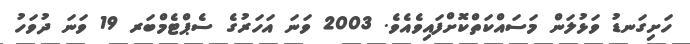
ހަށިގަނޑު ވަޅުލަން މަސައްކަތްކޮށްފައިވެއެވެ. 2003 ވަނަ އަހަރުގެ ސެޕްޓެމްބަރ 19 ވަނަ ދުވަހު